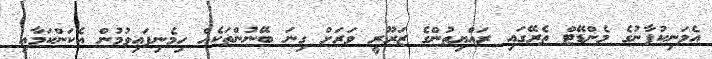
އެމަނިކުފާނުގެ މެންޑޭޓް ތެރޭގައި ރައްޔިތުންގެ ޒަރޫރީ ވަރަށް ގިނަ ބޭނުންތަކެއް ހިމެނިފައިވުމުން އެކަންކަމާއި